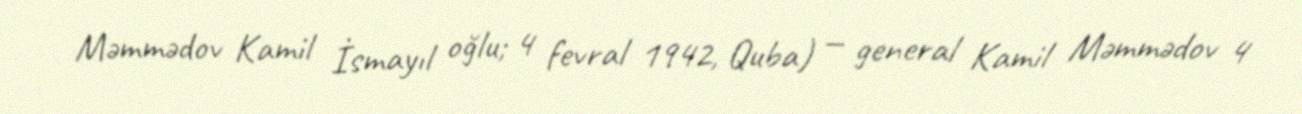
Məmmədov Kamil İsmayıl oğlu; 4 fevral 1942, Quba) — general Kamil Məmmədov 4